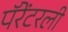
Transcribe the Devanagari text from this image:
पॅरेंटरली